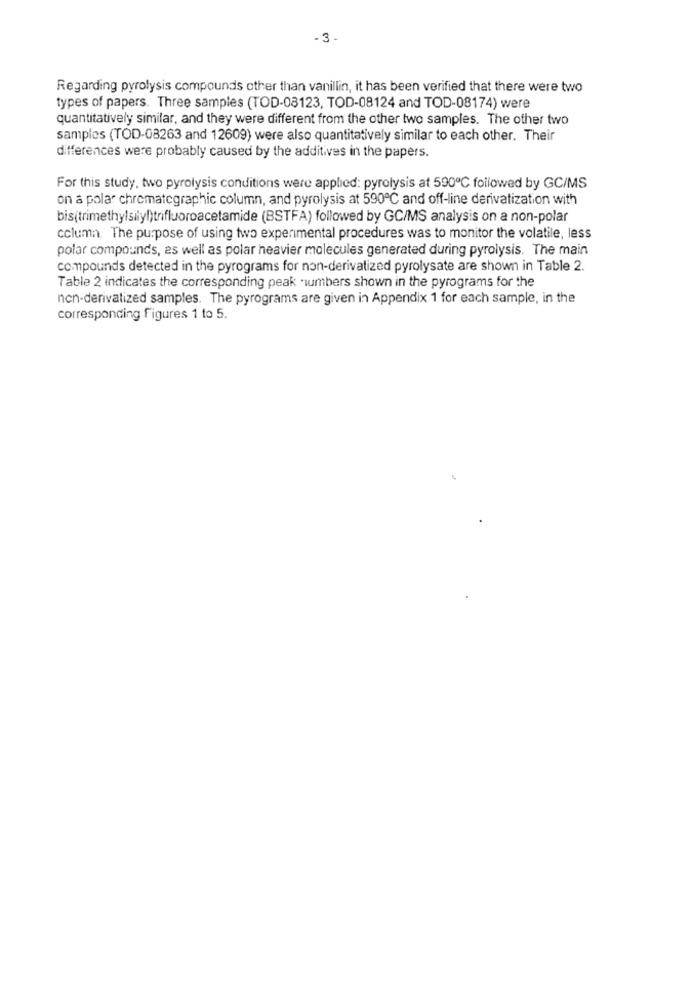
-3 -
Regarding pyrolysis compounds other than vanillin, it has been verified that there were two
types of papers. Three samples (TOD-08123, TOD-08124 and TOD-08174) were
quantitatively similar, and they were different from the other two samples. The other two
samples (TOD-08263 and 12609) were also quantitatively similar to each other. Their
differences were probably caused by the additives in the papers.
For this study, two pyrolysis conditions were applied: pyrolysis at 590℃ followed by GC/MS
on a polar chromategraphic column, and pyrolysis at 590℃ and off-line derivatization with
bis(trimethylsilyl)trifluoroacetamide (BSTFA) followed by GC/MS analysis on a non-polar
column. The purpose of using two experimental procedures was to monitor the volatile, less
polar compounds, as well as polar heavier molecules generated during pyrolysis. The main
compounds detected in the pyrograms for non-derivatized pyrolysate are shown in Table 2.
Table 2 indicates the corresponding peak numbers shown in the pyrograms for the
non-derivatized samples. The pyrograms are given in Appendix 1 for each sample, in the
corresponding figures 1 to 5.